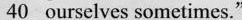
\underline{40} ourselves sometimes."